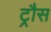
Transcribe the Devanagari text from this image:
ट्रौस